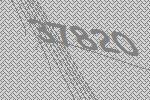
37820